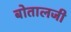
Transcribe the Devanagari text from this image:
बोतालजी